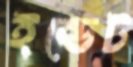
ইন্ডেট